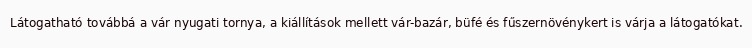
Látogatható továbbá a vár nyugati tornya, a kiállítások mellett vár-bazár, büfé és fűszernövénykert is várja a látogatókat.